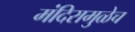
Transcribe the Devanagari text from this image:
मंदिरामुळेच